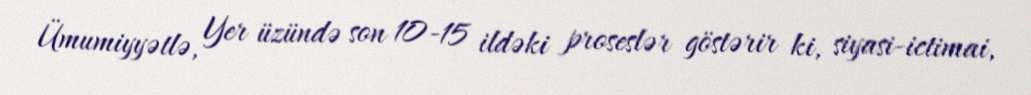
Ümumiyyətlə, Yer üzündə son 10-15 ildəki proseslər göstərir ki, siyasi-ictimai,